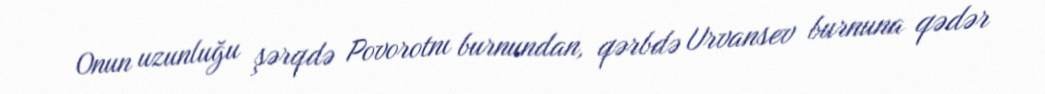
Onun uzunluğu şərqdə Povorotnı burnundan, qərbdə Urvansev burnuna qədər